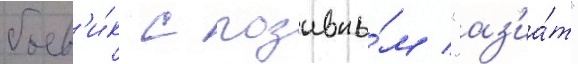
боев'и́к с позывны́м "аз'иа́т"